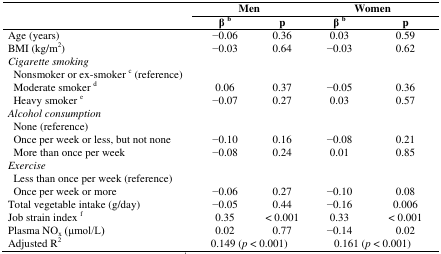
<table><thead><tr><td rowspan="2"></td><td colspan="2"><b>Men</b></td><td colspan="2"><b>Women</b></td></tr><tr><td><b>β <sup>b</sup></b></td><td><b>p</b></td><td><b>β <sup>b</sup></b></td><td><b>p</b></td></tr></thead><tbody><tr><td>Age (years)</td><td>−0.06 </td><td>0.36 </td><td>0.03 </td><td>0.59 </td></tr><tr><td>BMI (kg/m<sup>2</sup>)</td><td>−0.03 </td><td>0.64 </td><td>−0.03 </td><td>0.62 </td></tr><tr><td><i>Cigarette smoking</i></td><td></td><td></td><td></td><td></td></tr><tr><td>Nonsmoker or ex-smoker <sup>c</sup> (reference)</td><td></td><td></td><td></td><td></td></tr><tr><td>Moderate smoker <sup>d</sup></td><td>0.06 </td><td>0.37 </td><td>−0.05 </td><td>0.36 </td></tr><tr><td>Heavy smoker <sup>e</sup></td><td>−0.07 </td><td>0.27 </td><td>0.03 </td><td>0.57 </td></tr><tr><td><i>Alcohol consumption</i></td><td></td><td></td><td></td><td></td></tr><tr><td>None (reference)</td><td></td><td></td><td></td><td></td></tr><tr><td>Once per week or less, but not none</td><td>−0.10 </td><td>0.16 </td><td>−0.08 </td><td>0.21 </td></tr><tr><td>More than once per week</td><td>−0.08 </td><td>0.24 </td><td>0.01 </td><td>0.85 </td></tr><tr><td><i>Exercise</i></td><td></td><td></td><td></td><td></td></tr><tr><td>Less than once per week (reference)</td><td></td><td></td><td></td><td></td></tr><tr><td>Once per week or more</td><td>−0.06 </td><td>0.27 </td><td>−0.10 </td><td>0.08 </td></tr><tr><td>Total vegetable intake (g/day) </td><td>−0.05 </td><td>0.44 </td><td>−0.16 </td><td>0.006 </td></tr><tr><td>Job strain index <sup>f</sup></td><td>0.35 </td><td>&lt; 0.001</td><td>0.33 </td><td>&lt; 0.001</td></tr><tr><td>Plasma NO<sub>x</sub> (μmol/L)</td><td>0.02 </td><td>0.77 </td><td>−0.14 </td><td>0.02 </td></tr><tr><td>Adjusted R<sup>2</sup></td><td colspan="2">0.149 (<i>p</i> &lt; 0.001)</td><td colspan="2">0.161 (<i>p</i> &lt; 0.001)</td></tr></tbody></table>